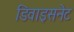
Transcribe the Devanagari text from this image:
डिवाइसनेट